Annual report of the Prince of Wales Medical College, Patna
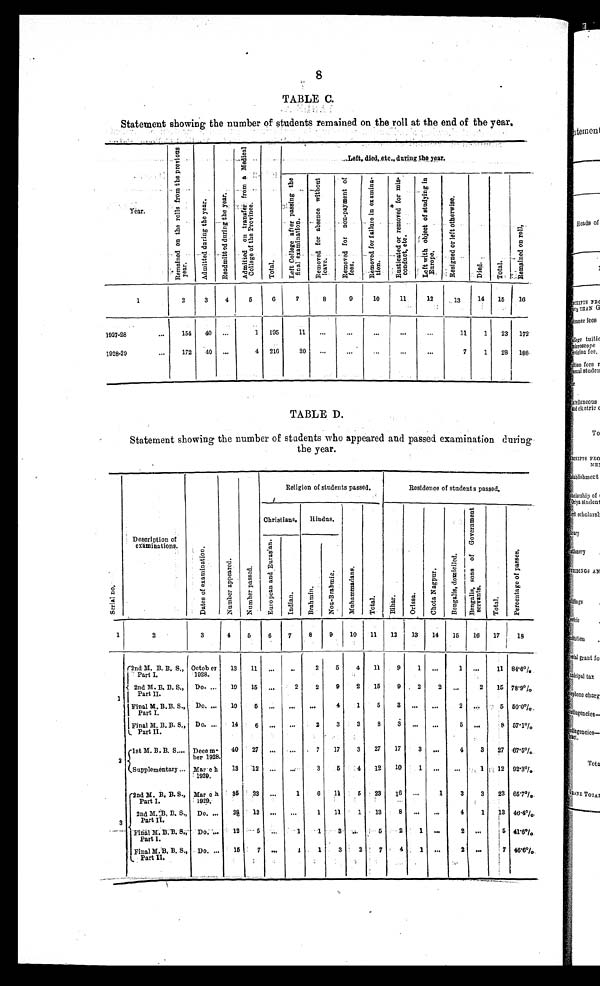
8
TABLE C.
Statement showing the number of students remained on the roll at the end of the year.
Year.
R e m a i n e d o n t h e r o l l s f r o m t h e p r e v i o u s y e a r .
A d m i t t e d d u r i n g t h e y e a r .
R e a d m i t t e d d u r i n g t h e y e a r .
A d m i t t e d o n t r a n s f e r f r o m a M e d i c a l C o l l e g e o f t h e P r o v i n c e .
T o t a l .
Left, died, etc., during the year.
L e f t C o l l e g e a f t e r p a s s i n g t h e f i n a l e x a m i n a t i o n .
R e m o v e d f o r a b s e n c e w i t h o u t l e a v e .
R e m o v e d f o r n o n - p a y m e n t o f f e e s .
R e m o v e d f o r f a i l u r e i n e x a m i n a - t i o n .
R u s t i c a t e d o r r e m o v e d f o r m i s - c o n d u c t , e t c .
L e f t w i t h o b j e c t o f s t u d y i n g i n E u r o p e .
R e s i g n e d o r l e f t o t h e r w i s e .
D i e d .
T o t a l .
R e m a i n e d o n r o l l .
1
2
3
4
5
6
7
8
9
10
11
12
13
14
15
16
1927–28 ...
154
40
. . .
1
195
11
...
...
. . .
. . .
. . .
11
1
23
172
1928–29...
172
4 0
. . .
4
216
20
. . .
. . .
. . .
. . .
. . .
7
1
28
188
TABLE D.
Statement showing the number of students who appeared and passed examination during
the year.
S c r i a l n o .
Description of
examinations.
D a t e s o f e x a m i n a t i o n .
N u m b e r a p p e a r e d .
N u m b e r p a s s e d .
Religion of students passed.
Residence of students passed.
Christians.
Hindus.
M u h a m m a d a n s .
T o t a l .
Bi h a r .
O r i s s a .
C h o t a N a g p u r . B e n g a l i s , d o m i c i l e d . B e n g a l i s , s o n s o f G o v e r n m e n t s e r v a n t s .
T o t a l .
P e r c e n t a g e o f p a s s e s .
E u r o p e a n a n d E u r a s i a n .
I n d i a n .
B r a h m i n .
N o n - B r a h m i n .
1
2
3
4
5
6
7
8
9
10
11
12
13
14
15
16
17
1 8
1
2nd M. B. B. S.,
Part I.
O c t o b e r 1 0 2 8 . 13
11
. .
. .
2
5
4
11
9
1 ...
1 ...
11 84.6%
2nd M. B. B. S.,
Part II .
Do. ... 19
15
. . .
2
2
9
2
1 5
9
2
2
...
2
1 5 78.9%
F i n a l M . B . B . S . ,
P a r t I . Do. ... 10
5
. . .
. . .
. . .
4
1
5
3
. . .
...
2
. . .
5 50.0%
Final M. B. B. S.,
Part II.
Do. ... 14
6
. . .
. . .
2
3
3
8
3
. . .
...
5
. . .
8 57.1%
2
1st M. B. B. S.... Decem- ber 1928.
40
27
. . . ...
7
17
3
27
17
3
. . .
4
3
27 67.5%
Supplementary ... Mar
c h
1929.
1 3 12 ...
. . .
3
5
4
12
1 0
1
...
... 1
1 2 92.3%
3
2nd M. B. B. S.,
Part I.
Ma
r c h 1 9 2 9 .
35
23
...
1
6
1 1
5
23
16 ...
1
3
3
23 65.7%
2nd M. B. B. S., P a r t I I . Do. ...
2 8 13
. . .
. . .
1
1 1
1
13
8
. . .
. . .
4
1
13 46.4%
Final M. B. B. S.,
Part I.
Do. ...
12
5
. . .
1
1
3
. . .
5
2
1
. . .
2
. . .
5 41.6%
Final M. B. B. S.,
Part II.
Do. ...
1 5
7
. . .
1
1
3
2
7 4
1
. . .
2
. . .
7
46.6%